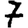
Digit: 7